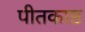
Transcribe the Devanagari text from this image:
पीतकाष्ठ